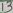
Text: 13